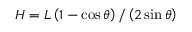
H = L \left( 1 - \cos \theta \right) / \left( 2 \sin \theta \right)